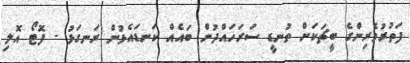
ފަތުރުވެރިންގެ ބީޗަކަށް ތުނޑީ ސަރަހައްދުން ބައެއް ކަނޑައެޅުން ރަނގަޅު - ފޮޓޯ އޮލި